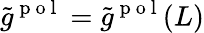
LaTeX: \tilde{g}^{\mathrm{~p~o~l~}}=\tilde{g}^{\mathrm{~p~o~l~}}(L)